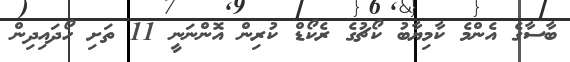
ބާސާގެ އެންމެ ކާމިޔާބު ކޯޗުގެ ރެކޯޑް ކުރިން އޮންނަނީ 11 ތަށި ހޯދައިދިން